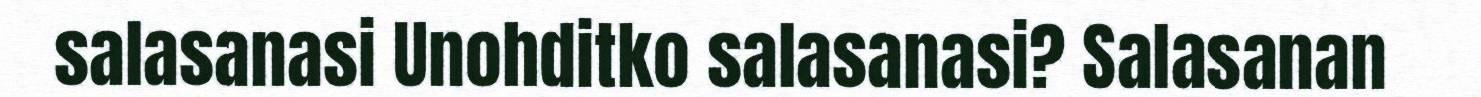
salasanasi Unohditko salasanasi? Salasanan